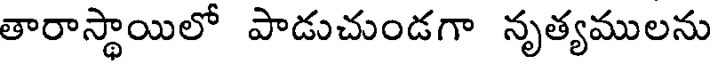
తారాస్థాయిలో పాడుచుండగా నృత్యములను